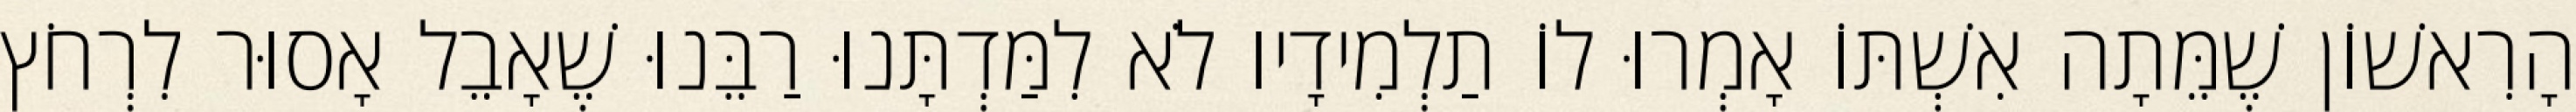
הָרִאשׁוֹן שֶׁמֵּתָה אִשְׁתּוֹ אָמְרוּ לוֹ תַלְמִידָיו לֹא לִמַּדְתָּנוּ רַבֵּנוּ שֶׁאָבֵל אָסוּר לִרְחֹץ